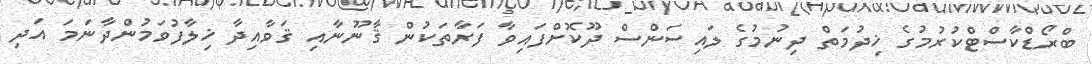
ބްރޯޑްކާސްޓްކުރުމުގެ ޚިދުމަތް ދިނުމުގެ ލައިސަންސް ދޫކޮށްފައިވާ ފަރާތަކުން ޤާނޫނާއި ޤަވާއިދާ ޚިލާފުވަމުންދާނަމަ އަދި